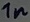
Text: 1n